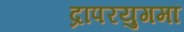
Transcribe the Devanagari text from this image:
द्रापरयुगमां